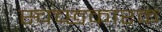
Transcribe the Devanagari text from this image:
स्चच्छकारक